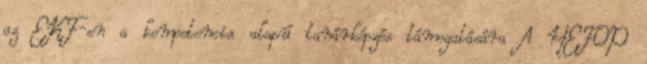
az EKF-en a kompetencia alapú tanárképzés támogatására A HEFOP